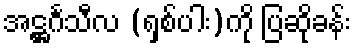
အဋ္ဌင်္ဂသီလ (ရှစ်ပါး)ကို ပြဆိုခန်း